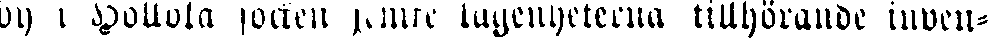
by i Hollola socken semre lägenheterna tillhörande inven-